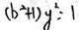
( b ^ { 2 } + 1 ) y ^ { 2 } = 1